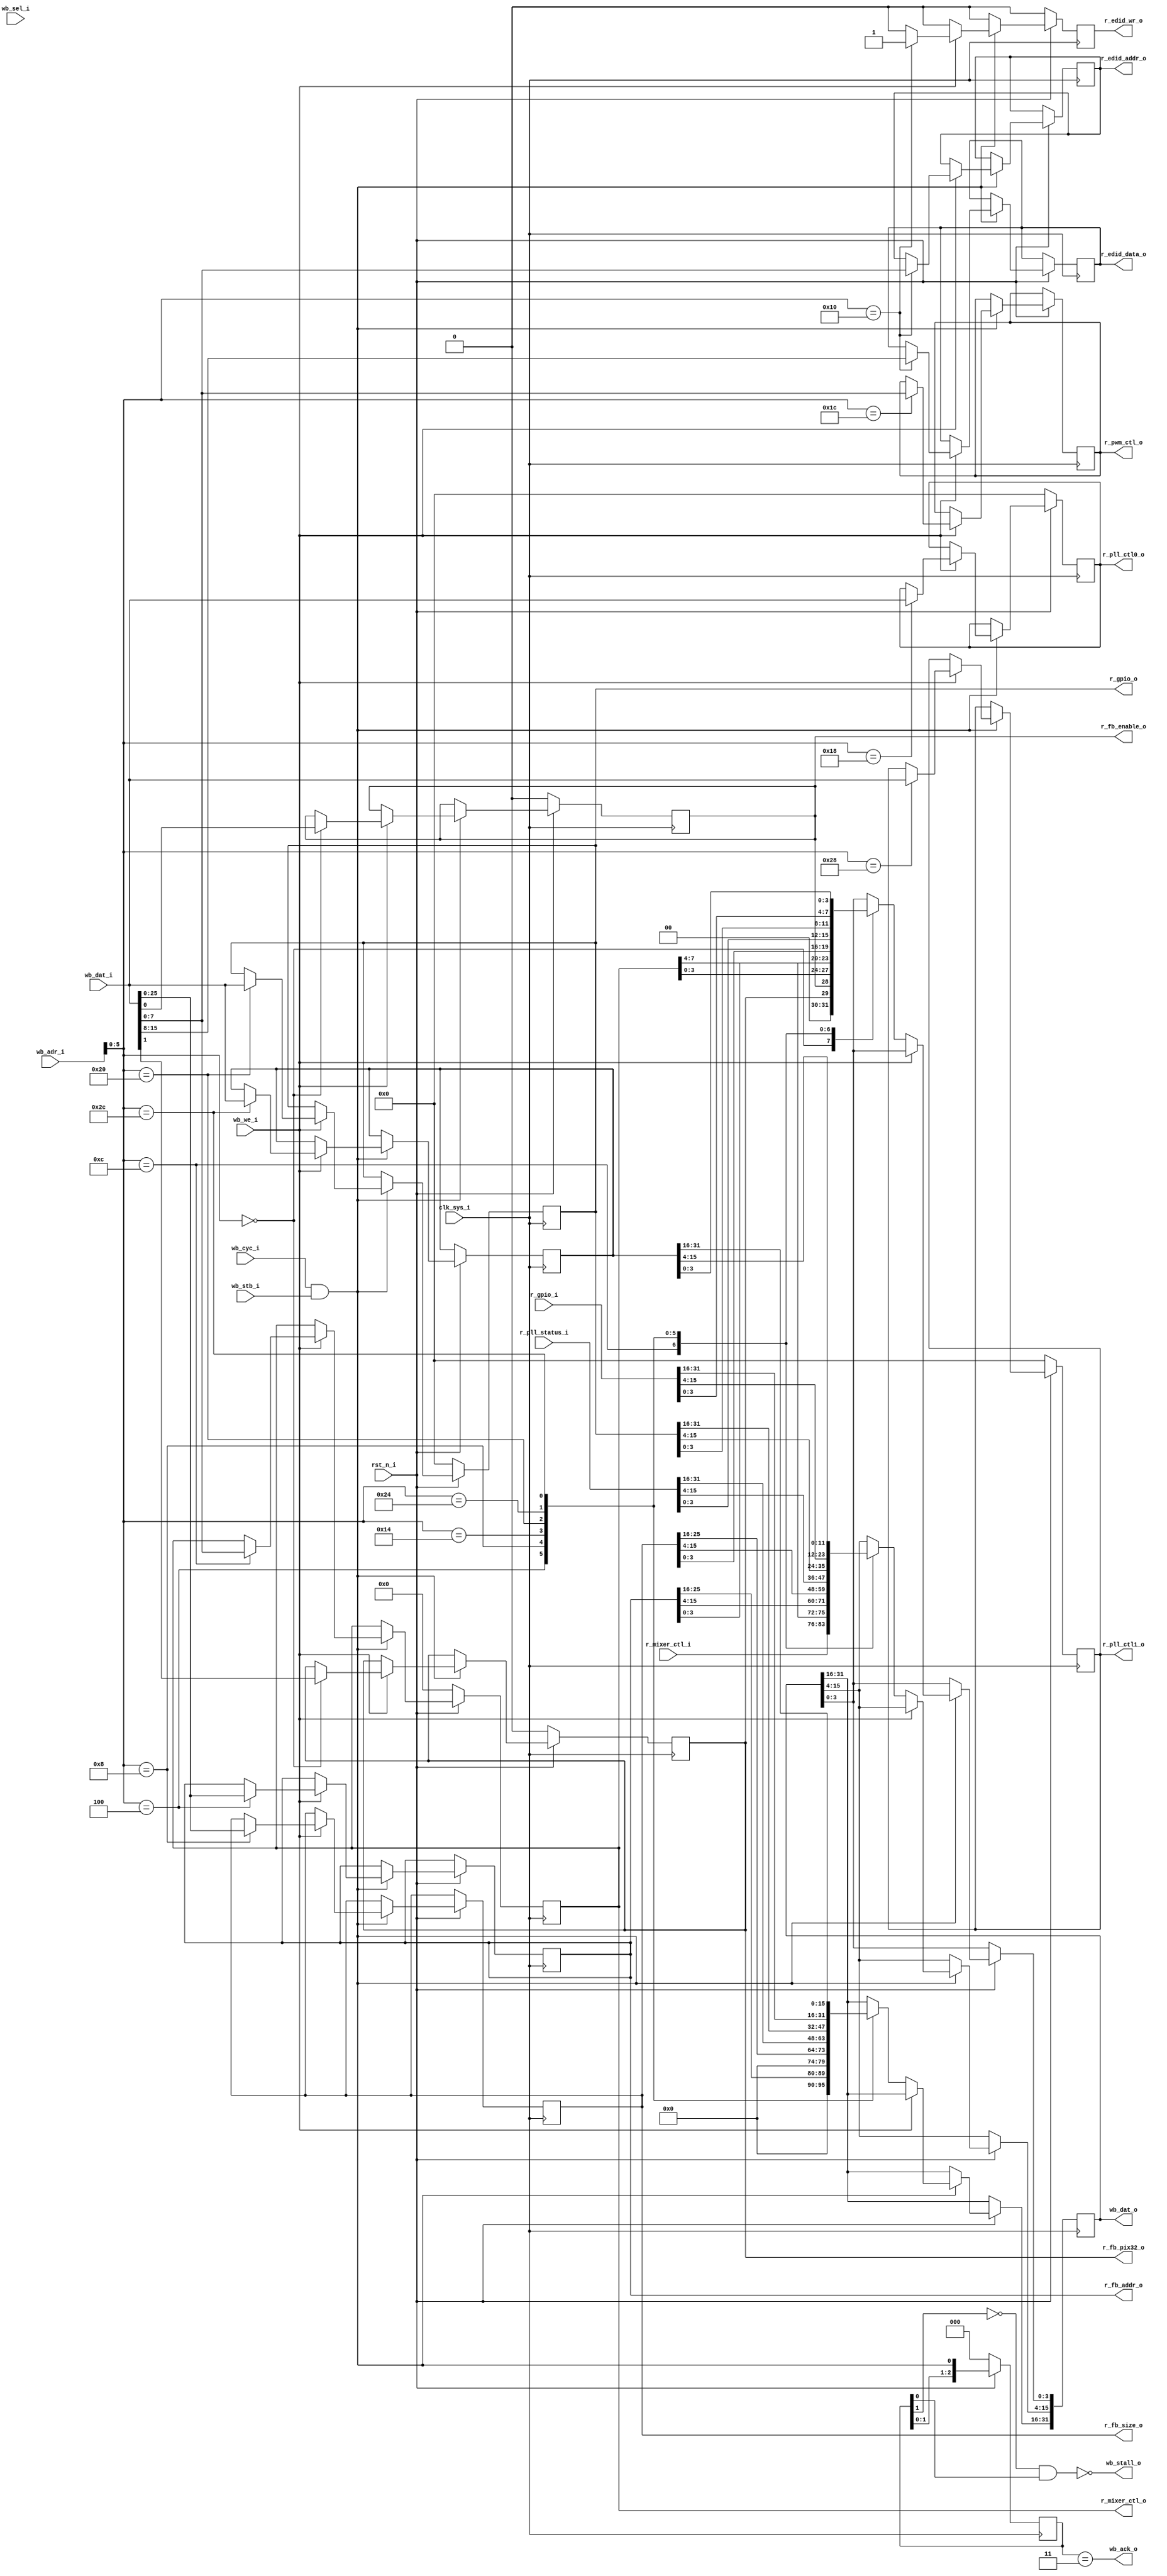
/*.
 * DSI Shield
 * Copyright (C) 2013-2014 twl <twlostow@printf.cc>
 *
 * This library is free software; you can redistribute it and/or
 * modify it under the terms of the GNU Lesser General Public
 * License as published by the Free Software Foundation; either
 * version 3 of the License, or (at your option) any later version.

 * This library is distributed in the hope that it will be useful,
 * but WITHOUT ANY WARRANTY; without even the implied warranty of
 * MERCHANTABILITY or FITNESS FOR A PARTICULAR PURPOSE.  See the GNU
 * Lesser General Public License for more details.

 * You should have received a copy of the GNU Lesser General Public
 * License along with this library; if not, write to the Free Software
 * Foundation, Inc., 51 Franklin Street, Fifth Floor, Boston, MA  02110-1301  USA
 */

`timescale 1ns/1ps

`define REG_CTL 0
`define REG_FB_ADDR 4
`define REG_FB_SIZE 8
`define REG_MIXCTL 12
`define REG_EDID_CTL 16
`define REG_PLL_STATUS 20
`define REG_PLL_CONFIG0 24
`define REG_PWM_CONFIG 28
`define REG_GPIO_OUT 32
`define REG_GPIO_IN 36
`define REG_PLL_CONFIG1 40
`define REG_PLL_FREQ 44


module sysctl_regs
   #(
     parameter g_fml_depth = 26,
     parameter  	g_default_pll_mul = 1,  // for PLL_STATUS register
     parameter  	g_default_pll_sys_div = 2
     )
  (
   input 		    clk_sys_i,
   input 		    rst_n_i,
  
   input [31:0] 	    wb_adr_i,
   input [31:0] 	    wb_dat_i,
   output reg [31:0] 	    wb_dat_o,
   input [3:0] 		    wb_sel_i,
   input 		    wb_cyc_i,
   input 		    wb_stb_i,
   input 		    wb_we_i,
   output 		    wb_ack_o,
   output 		    wb_stall_o,

   output 		    r_fb_enable_o,
   output 		    r_fb_pix32_o,
   output [g_fml_depth-1:0] r_fb_addr_o,
   output [g_fml_depth-1:0] r_fb_size_o,
   
   output [7:0] 	    r_mixer_ctl_o,
   input [7:0] 		    r_mixer_ctl_i,

   output reg [7:0] 	    r_edid_addr_o,
   output reg [7:0] 	    r_edid_data_o,
   output reg 		    r_edid_wr_o,
   output reg [7:0] 	    r_pwm_ctl_o,

   output reg [31:0] 	    r_pll_ctl0_o,
   output reg [31:0] 	    r_pll_ctl1_o,
   input [31:0] 	    r_pll_status_i,
   
   
   output [31:0] 	    r_gpio_o,
   input [31:0] 	    r_gpio_i
   );

   reg [7:0] 		    r_mixer_ctl;
   reg 			    r_fb_pix32, r_fb_enable;
   reg [g_fml_depth-1:0]    r_fb_addr;
   reg [g_fml_depth-1:0]    r_fb_size;
   reg [31:0] 		    r_gpio;
   reg [31:0] 		    r_pll_freq = (25000000 * g_default_pll_mul / g_default_pll_sys_div);

   always@(posedge clk_sys_i)
     if(!rst_n_i)
       begin
          r_fb_enable <= 0;
          r_fb_pix32 <= 0;
	  r_mixer_ctl <= 0;
	  r_gpio <= 0;
	  r_pll_ctl0_o <= 0;
	  r_pll_ctl1_o <= 0;
	  r_edid_wr_o <= 0;
       end else begin
          r_edid_wr_o <= 0;

	  if(wb_stb_i & wb_cyc_i) begin
             if(wb_we_i)
               case (wb_adr_i[5:0])
                 `REG_CTL: {r_fb_pix32,r_fb_enable} <= wb_dat_i[3:0];
		 `REG_MIXCTL: r_mixer_ctl <= wb_dat_i[7:0];
                 `REG_FB_ADDR: r_fb_addr <= wb_dat_i;
                 `REG_FB_SIZE: r_fb_size <= wb_dat_i;
		 `REG_EDID_CTL:  begin
		    r_edid_addr_o <= wb_dat_i[7:0];
		    r_edid_data_o <= wb_dat_i[15:8];
		    r_edid_wr_o <= 1;
		 end
		 
		 `REG_PLL_CONFIG0: 
		    r_pll_ctl0_o <= wb_dat_i[31:0];

		 `REG_PLL_CONFIG1: 
		    r_pll_ctl1_o <= wb_dat_i[31:0];
     
		 `REG_PWM_CONFIG: 
		   r_pwm_ctl_o <= wb_dat_i[7:0];

		 `REG_GPIO_OUT:
		   r_gpio <= wb_dat_i[31:0];

		 `REG_PLL_FREQ:
		   r_pll_freq <= wb_dat_i[31:0];
		 
		 
               endcase // case (wb_adr_i)
             else
               case (wb_adr_i[5:0])
                 `REG_CTL: wb_dat_o[3:0] <= {r_fb_pix32,r_fb_enable};
		 `REG_MIXCTL: wb_dat_o[15:0] <= { r_mixer_ctl_i, r_mixer_ctl };
		 
                 `REG_FB_ADDR: wb_dat_o <= r_fb_addr;
                 `REG_FB_SIZE: wb_dat_o <= r_fb_size;
		 `REG_PLL_STATUS: wb_dat_o <= r_pll_status_i;
		 `REG_GPIO_OUT: wb_dat_o <= r_gpio;
		 `REG_GPIO_IN: wb_dat_o <= r_gpio_i;
		 `REG_PLL_FREQ : wb_dat_o <= r_pll_freq;
		 
               endcase // case (wb_adr_i)
          end // if (wb_stb_i & wb_cyc_i)
       end // else: !if(!rst_n_i)

   reg [2:0] cyc_dly;

   
   always@(posedge clk_sys_i)
     if(!rst_n_i)
       cyc_dly <= 0;
     else
       cyc_dly <= { cyc_dly[1:0], wb_cyc_i & wb_stb_i };

   assign wb_stall_o = ~ (~cyc_dly[1] & cyc_dly[0]);
   assign wb_ack_o = (cyc_dly==3);
   
   assign r_mixer_ctl_o = r_mixer_ctl;
   assign r_gpio_o = r_gpio;
   assign r_fb_enable_o = r_fb_enable;
   assign r_fb_pix32_o = r_fb_pix32;
   assign r_fb_addr_o = r_fb_addr;
   assign r_fb_size_o = r_fb_size;
   

endmodule // sysctl_regs